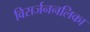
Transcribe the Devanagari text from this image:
विसर्जननलिका